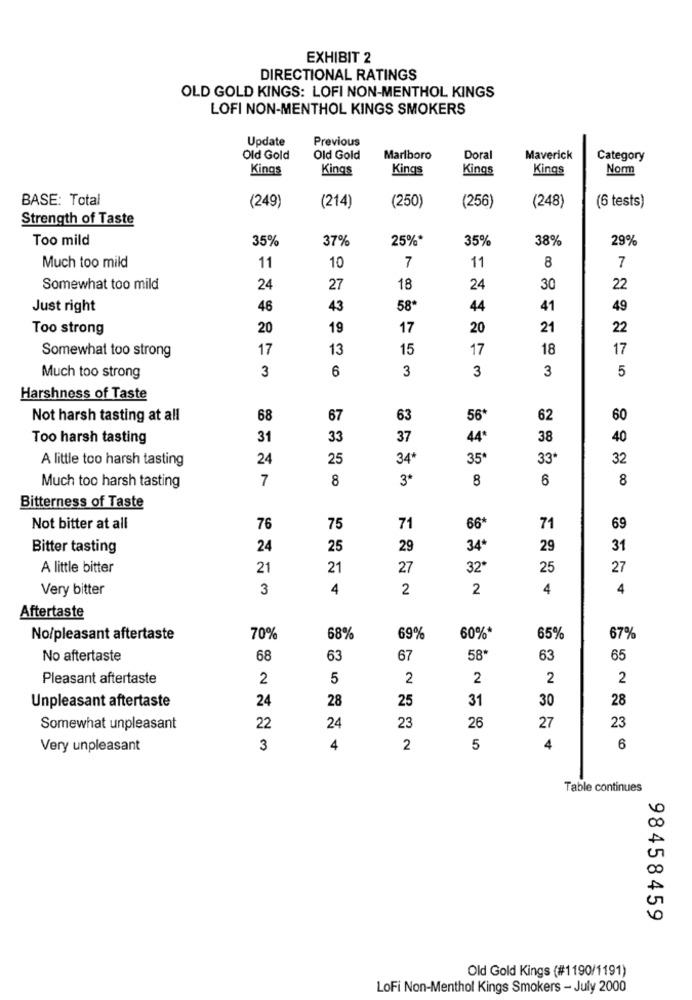
EXHIBIT 2
DIRECTIONAL RATINGS
OLD GOLD KINGS: LOFI NON-MENTHOL KINGS
LOFI NON-MENTHOL KINGS SMOKERS
Update
Previous
Old Gold
Old Gold
Marlboro
Doral
Maverick
Category
Kings
Kings
Kings
Kings
Kings
Norm
BASE: Total
(256)
(249)
(214)
(250)
(248)
(6 tests)
Strength of Taste
Too mild
35%
37%
25%*
35%
38%
29%
Much too mild
11
10
7
11
8
7
Somewhat too mild
24
27
18
24
30
22
Just right
46
43
58
44
41
49
Too strong
20
19
17
20
21
22
Somewhat too strong
17
13
15
17
18
17
3
6
3
3
3
5
Much too strong
Harshness of Taste
Not harsh tasting at all
68
67
63
56*
62
60
Too harsh tasting
31
33
37
44*
38
40
A little too harsh tasting
24
25
34
35
33*
32
Much too harsh tasting
7
8
3*
8
6
8
Bitterness of Taste
71
Not bitter at all
76
75
66
71
69
Bitter tasting
24
25
29
34*
29
31
A little bitter
21
21
27
32*
25
27
Very bitter
3
4
2
2
4
4
Aftertaste
No/pleasant aftertaste
70%
68%
69%
60%*
65%
67%
No aftertaste
68
63
67
58'
63
65
Pleasant aftertaste
2
5
2
2
2
2
Unpleasant aftertaste
24
28
25
31
30
28
26
27
23
Somewhat unpleasant
22
24
23
Very unpleasant
3
4
2
5
4
6
Table continues
98458459
Old Gold Kings (#1190/1191)
LoFi Non-Menthol Kings Smokers - July 2000